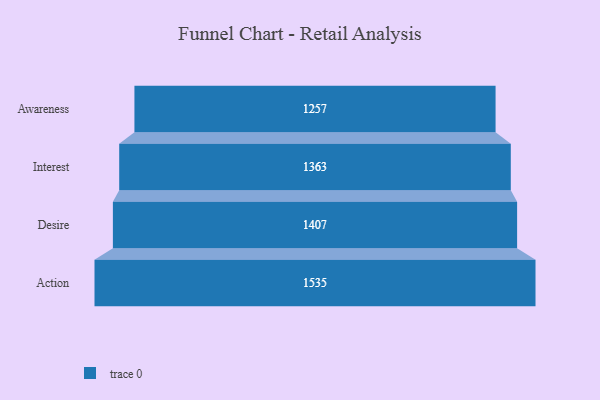
{"axis": {"x": "Stage", "y": "Value"}, "legend": [""], "data": [{"x": "Awareness", "y": 1257.0, "type": ""}, {"x": "Interest", "y": 1363.0, "type": ""}, {"x": "Desire", "y": 1407.0, "type": ""}, {"x": "Action", "y": 1535.0, "type": ""}]}